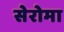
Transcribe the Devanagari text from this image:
सेरोमा